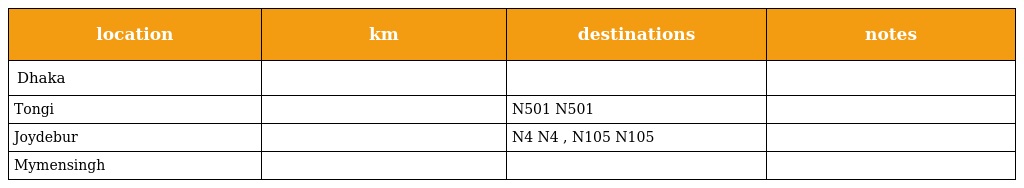
| location | km | destinations | notes |
 | --- | --- | --- | --- |
 | Dhaka |  |  |  |
 | Tongi |  | N501 N501 |  |
 | Joydebur |  | N4 N4 , N105 N105 |  |
 | Mymensingh |  |  |  |